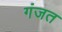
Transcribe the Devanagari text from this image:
गंजत